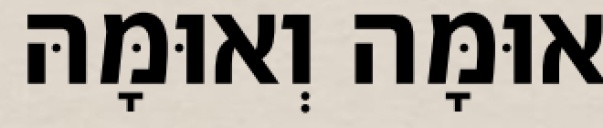
אוּמָּה וְאוּמָּהּ